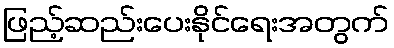
ဖြည့်ဆည်းပေးနိုင်ရေးအတွက်